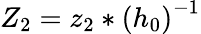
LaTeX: Z_{2}=z_{2}*\left(h_{0}\right)^{-1}